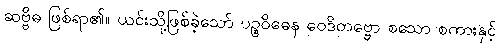
ဆဗ္ဗိဓ ဖြစ်ရာ၏။ ယင်းသို့ဖြစ်ခဲ့သော် ပဉ္စဝိဓေန ဝေဒိတဗ္ဗော စသော စကားနှင့်